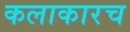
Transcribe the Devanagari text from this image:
कलाकारच